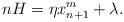
\begin{align*}nH=\eta x_{n+1}^m+\lambda.\end{align*}